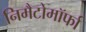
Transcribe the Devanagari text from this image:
निमैटोमॉर्फा